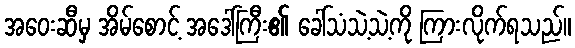
အဝေးဆီမှ အိမ်စောင့် အဒေါ်ကြီး၏ ခေါ်သံသဲ့သဲ့ကို ကြားလိုက်ရသည်။